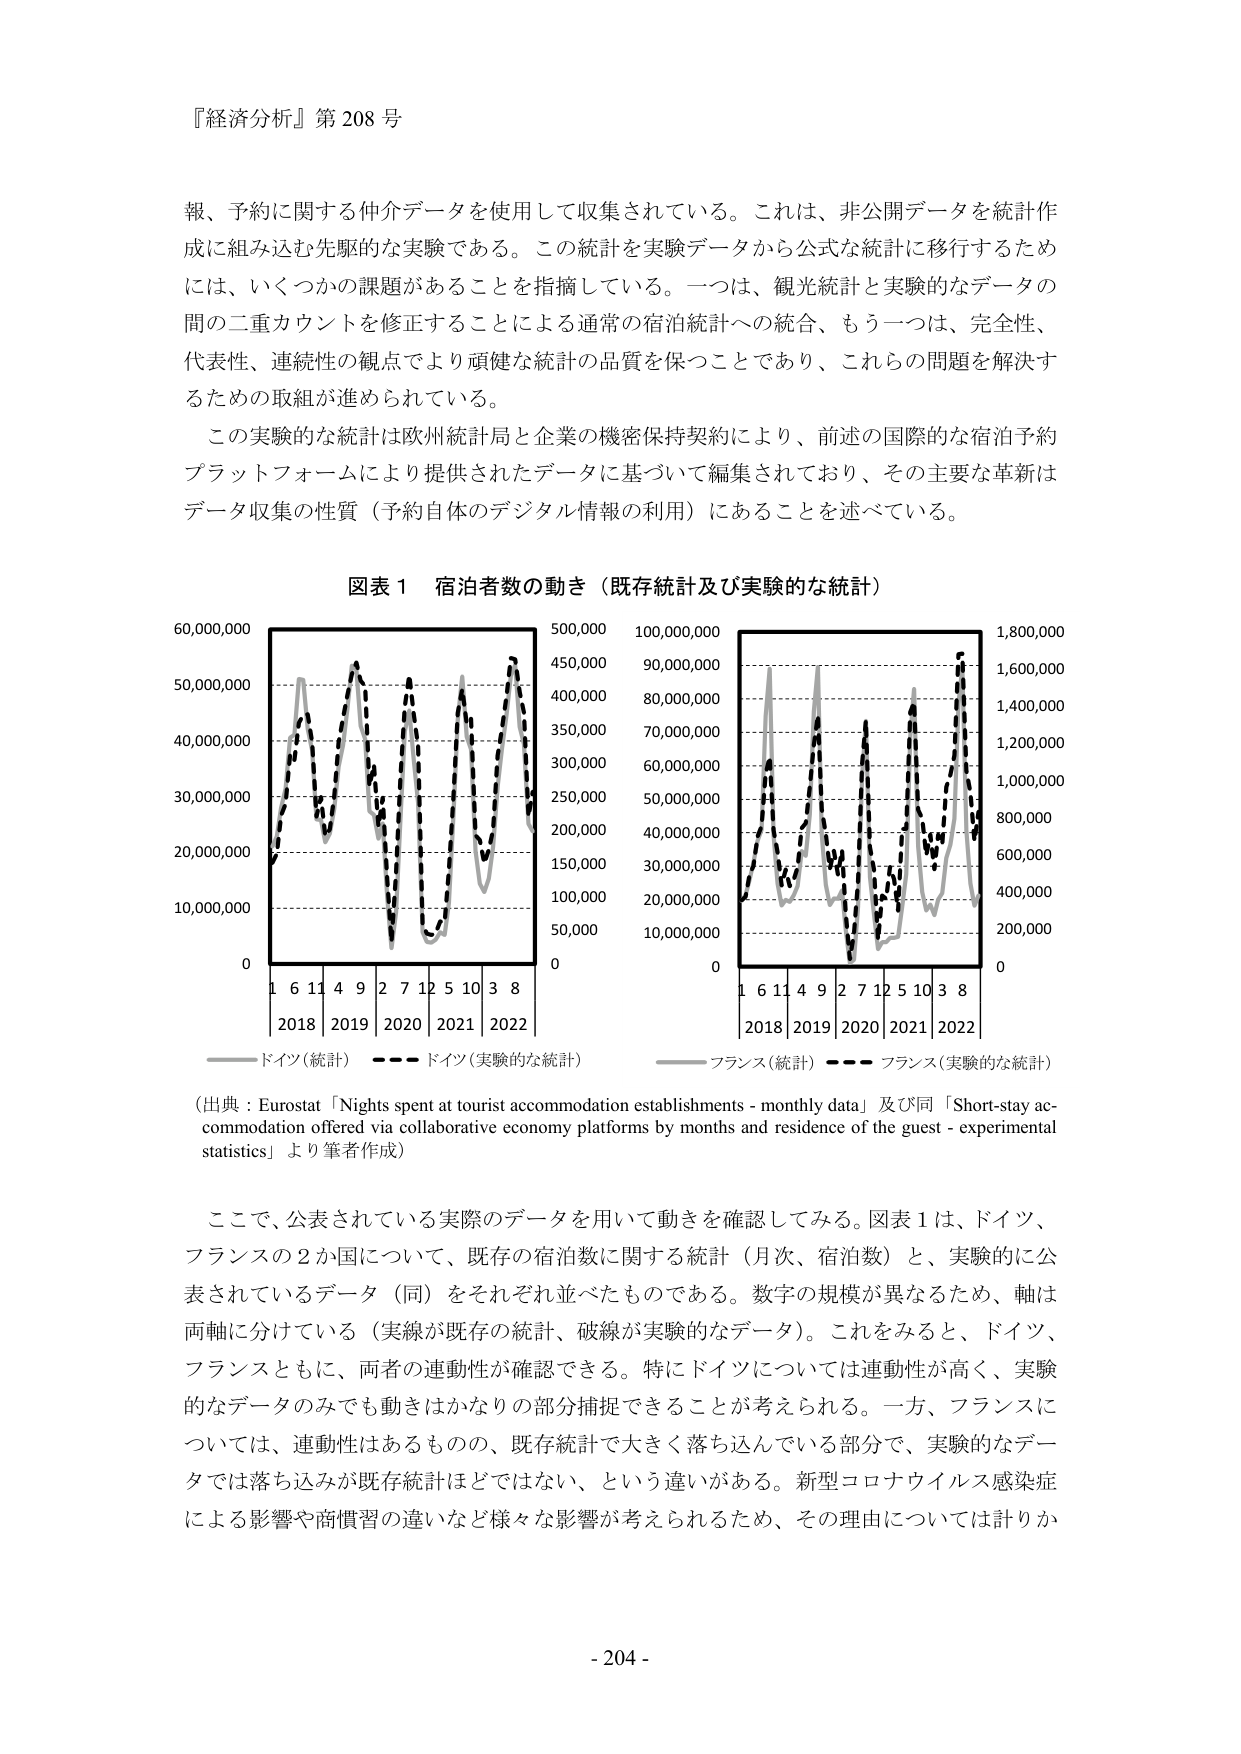
『経済分析』第 208 号

報、予約に関する仲介データを使用して収集されている。これは、非公開データを統計作成に組み込む先駆的な実験である。この統計を実験データから公式な統計に移行するためには、いくつかの課題があることを指摘している。一つは、観光統計と実験的なデータの間の二重カウントを修正することによる通常の宿泊統計への統合、もう一つは、完全性、代表性、連続性の観点でより頑健な統計の品質を保つことであり、これらの問題を解決するための取組が進められている。

この実験的な統計は欧州統計局と企業の機密保持契約により、前述の国際的な宿泊予約プラットフォームにより提供されたデータに基づいて編集されており、その主要な革新はデータ収集の性質（予約自体のデジタル情報の利用）にあることを述べている。

図表 1 宿泊者数の動き（既存統計及び実験的な統計）

60,000,000
50,000,000
40,000,000
30,000,000
20,000,000
10,000,000
0
1 6 11 4 9 2 7 12 5 10 3 8
2018 2019 2020 2021 2022

500,000
450,000
400,000
350,000
300,000
250,000
200,000
150,000
100,000
50,000
0
1 6 11 4 9 2 7 12 5 10 3 8
2018 2019 2020 2021 2022

100,000,000
90,000,000
80,000,000
70,000,000
60,000,000
50,000,000
40,000,000
30,000,000
20,000,000
10,000,000
0

1,800,000
1,600,000
1,400,000
1,200,000
1,000,000
800,000
600,000
400,000
200,000
0

—— ドイツ（統計） ——— ドイツ（実験的な統計）
—— フランス（統計） ——— フランス（実験的な統計）

（出典：Eurostat「Nights spent at tourist accommodation establishments - monthly data」及び同「Short-stay accommodation offered via collaborative economy platforms by months and residence of the guest - experimental statistics」より筆者作成）

ここで、公表されている実際のデータを用いて動きを確認してみる。図表 1 は、ドイツ、フランスの 2 か国について、既存の宿泊数に関する統計（月次、宿泊数）と、実験的に公表されているデータ（同）をそれぞれ並べたものである。数字の規模が異なるため、軸は両軸に分けている（実線が既存の統計、破線が実験的なデータ）。これをみると、ドイツ、フランスともに、両者の連動性が確認できる。特にドイツについては連動性が高く、実験的なデータのみでも動きはかなりの部分捕捉できることが考えられる。一方、フランスについては、連動性はあるものの、既存統計で大きく落ち込んでいる部分で、実験的なデータでは落ち込みが既存統計ほどではない、という違いがある。新型コロナウイルス感染症による影響や商慣習の違いなど様々な影響が考えられるため、その理由については計りか

- 204 -